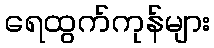
ရေထွက်ကုန်များ